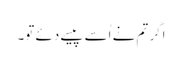
اگر تم نے اُسے پیسے دئے تو۔